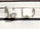
لماذا